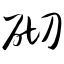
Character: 砌